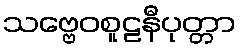
သဗ္ဗေဝစူဠနီပုတ္တာ